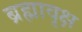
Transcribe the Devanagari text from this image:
ब्रह्मावृक्ष